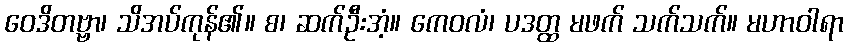
ဝေဒိတဗ္ဗာ၊ သိအပ်ကုန်၏။ စ၊ ဆက်ဦးအံ့။ ကေဝလံ၊ ပဒတ္ထ မဖက် သက်သက်။ မဟာဝါရာ